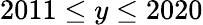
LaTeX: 2011\le y\le 2020